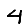
Digit: 4